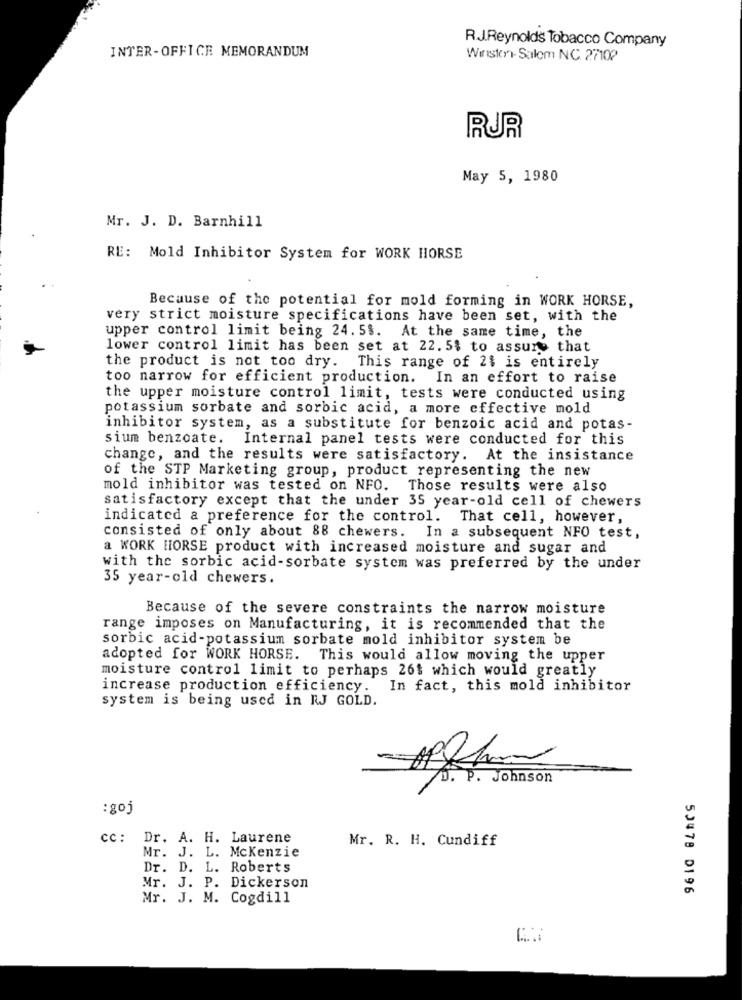
RJ.Reynolds Tobacco Company
INTER-OFFICE MEMORANDUM
Winston- Salem N.C. 27102
RUR
May 5, 1980
Mr. J. D. Barnhill
RE: Mold Inhibitor System for WORK HORSE
Because of the potential for mold forming in WORK HORSE,
very strict moisture specifications have been set, with the
upper control limit being 24. 5$. At the same time, the
lower control limit has been set at 22. 5$ to assure that
the product is not too dry. This range of 2$ is entirely
too narrow for efficient production. In an effort to raise
the upper moisture control limit, tests were conducted using
potassium sorbate and sorbic acid, a more effective mold
inhibitor system, as a substitute for benzoic acid and potas-
sium benzoate. Internal panel tests were conducted for this
change, and the results were satisfactory. At the insistance
of the STP Marketing group, product representing the new
mold inhibitor was tested on NFO. Those results were also
satisfactory except that the under 35 year-old cell of chewers
indicated a preference for the control. That cell, however,
consisted of only about 88 chewers. In a subsequent NFO test,
a WORK HORSE product with increased moisture and sugar and
with the sorbic acid-sorbate system was preferred by the under
35 year-old chewers.
Because of the severe constraints the narrow moisture
range imposes on Manufacturing, it is recommended that the
sorbic acid-potassium sorbate mold inhibitor system be
adopted for WORK HORSE. This would allow moving the upper
moisture control limit to perhaps 26$ which would greatly
increase production efficiency. In fact, this mold inhibitor
system is being used in RJ GOLD.
70. P. Johnson
:goj
cc: Dr. A. H. Laurene
Mr. R. H. Cundiff
Mr. J. L. Mckenzie
Dr. D. L. Roberts
Mr. J. P. Dickerson
50478 D196
Mr. J. M. Cogdill